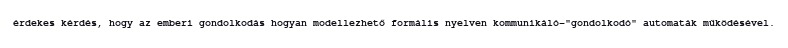
érdekes kérdés, hogy az emberi gondolkodás hogyan modellezhető formális nyelven kommunikáló-"gondolkodó" automaták működésével.